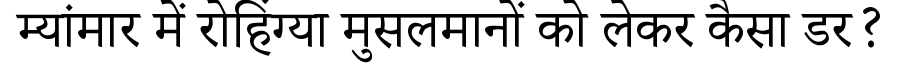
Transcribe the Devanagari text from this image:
म्यांमार में रोहिंग्या मुसलमानों को लेकर कैसा डर?